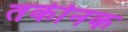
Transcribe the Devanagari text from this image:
तकीनक